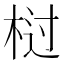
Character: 𭪆